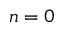
n = 0